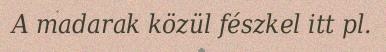
A madarak közül fészkel itt pl.